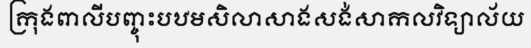
ក្រុងពាលីបញ្ចុះបឋមសិលាសាងសង់សាកលវិទ្យាល័យ